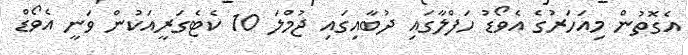
އެގޮތުން މިއަހަރުގެ އެވޯޑު ހަފްލާގައި ދުބާއިގައި ޖުމްލަ 10 ކެޓެގަރީއަކުން ވަނީ އެވޯޑް